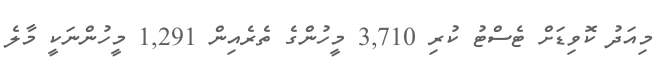
މިއަދު ކޮވިޑަށް ޓެސްޓު ކުރި 3